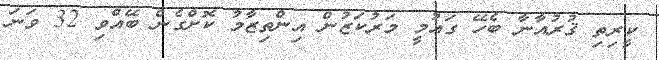
ކީރިތި ޤުރުއާނާ ބެހޭ ގައުމީ މަރުކަޒުން އިންތިޒާމު ކޮށްގެން ބޭއްވި 32 ވަނަ